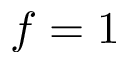
f = 1